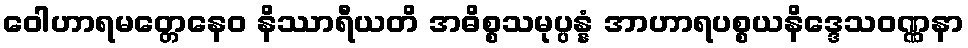
ဝေါဟာရမတ္တေနေဝ နိဿာရီယတိ အဓိစ္စသမုပ္ပန္နံ အာဟာရပစ္စယနိဒ္ဒေသဝဏ္ဏနာ